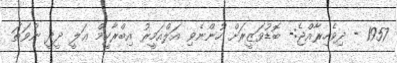
1957 - ދިވެހިރާއްޖެ:- ބޮޑުވަޒީރަށް ހުންނެވި އަލްއަމީރު އިބްރާހީމް ޢަލީ ދީދީ ނުވަތަ